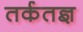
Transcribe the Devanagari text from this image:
तर्कतज्ञ